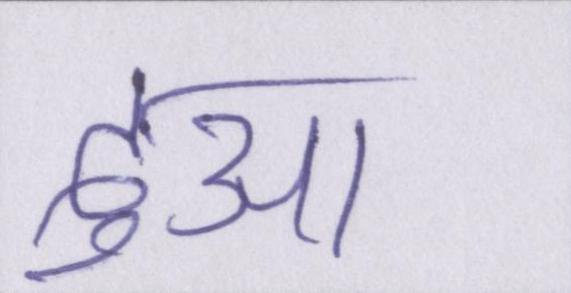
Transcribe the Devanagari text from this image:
दुआ